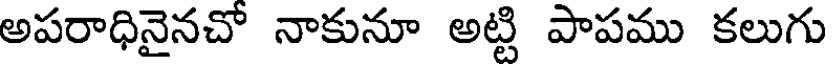
అపరాధినైనచో నాకునూ అట్టి పాపము కలుగు